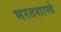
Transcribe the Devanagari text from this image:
भरतशास्त्रे